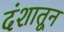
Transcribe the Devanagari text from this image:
दंशातून